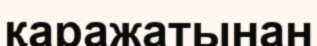
қаражатынан